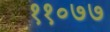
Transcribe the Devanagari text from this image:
११०७७